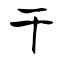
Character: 干